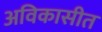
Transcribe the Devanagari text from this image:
अविकासीत